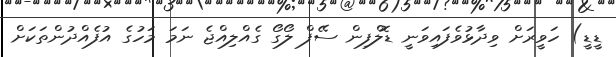
ޑީޑީ) ހަވީރަށް ވިދާޅުވެފައިވަނީ ޑޮލްފިން ސޭފް ލޯގޯ ގެއްލިއްޖެ ނަމަ މަހުގެ އުފެއްދުންތަކަށް